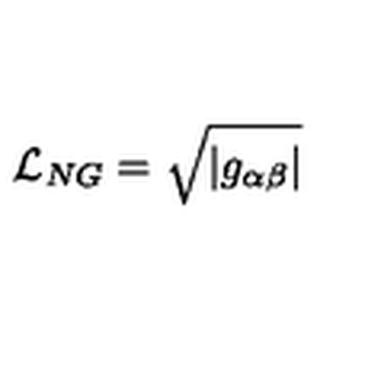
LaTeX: { \cal L } _ { N G } = \sqrt { | g _ { \alpha \beta } | }